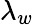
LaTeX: \lambda_{w}